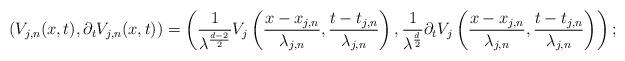
LaTeX: \begin{align*} \left(V_{j,n}(x, t), \partial_t V_{j,n}(x, t) \right)= \left(\frac{1}{\lambda^{\frac{d-2}{2}}} V_j \left(\frac{x-x_{j,n}}{\lambda_{j,n}}, \frac{t-t_{j,n}}{\lambda_{j,n}}\right), \frac{1}{\lambda^{\frac{d}{2}}} \partial_t V_j \left(\frac{x-x_{j,n}}{\lambda_{j,n}}, \frac{t-t_{j,n}}{\lambda_{j,n}}\right)\right);\end{align*}